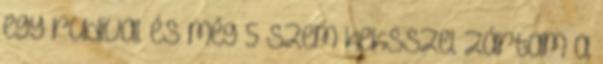
egy rudival és még 5 szem keksszel zártam a